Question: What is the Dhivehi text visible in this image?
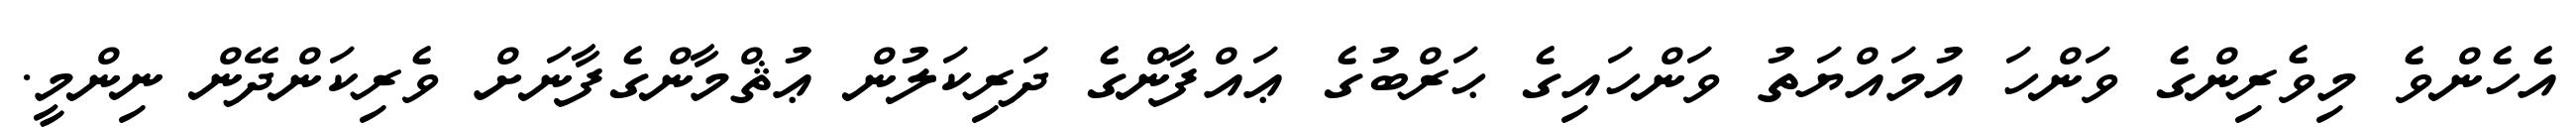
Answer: އެހެންވެ މިވެރިންގެ ވަންހަ އުމައްޔަތު ވަންހައިގެ ޙަރްބުގެ ޢައްފާންގެ ދަރިކަލުން ޢުޘްމާންގެފާނަށް ވެރިކަންދޭން ނިންމީ.